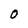
Character: O